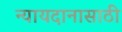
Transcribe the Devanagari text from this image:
न्यायदानासाठी